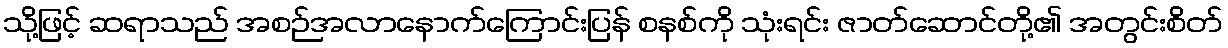
သို့ဖြင့် ဆရာသည် အစဉ်အလာနောက်ကြောင်းပြန် စနစ်ကို သုံးရင်း ဇာတ်ဆောင်တို့၏ အတွင်းစိတ်